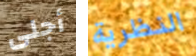
أجلى النظرية